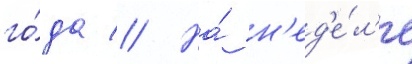
го́да // На́ н'ед'е́л'е